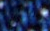
بانني